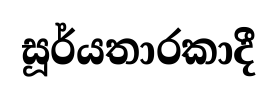
සූර්යතාරකාදී